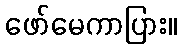
ဖော်မေကာပြား။